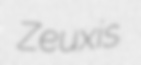
Zeuxis